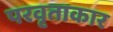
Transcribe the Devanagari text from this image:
परवृताकार